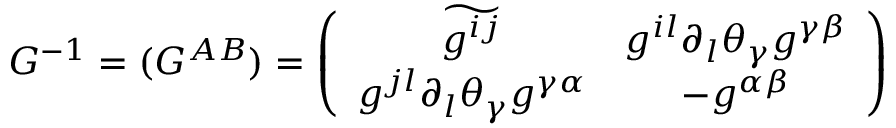
G ^ { - 1 } = ( G ^ { A B } ) = \left( \begin{array} { c c } { { \widetilde { { g } ^ { i j } } } } & { { g ^ { i l } \partial _ { l } \theta _ { \gamma } g ^ { \gamma \beta } } } \\ { { g ^ { j l } \partial _ { l } \theta _ { \gamma } g ^ { \gamma \alpha } } } & { { - g ^ { \alpha \beta } } } \end{array} \right)